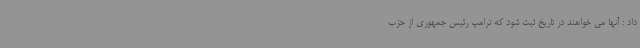
داد : آنها می خواهند در تاریخ ثبت شود که ترامپ رئیس جمهوری از حزب